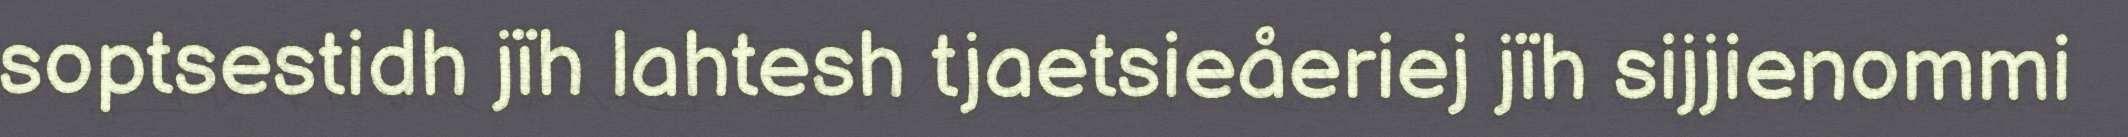
soptsestidh jïh lahtesh tjaetsieåeriej jïh sijjienommi